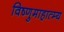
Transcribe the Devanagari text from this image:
विष्णुमाहात्म्य